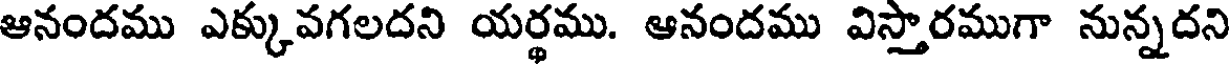
ఆనందము ఎక్కువగలదని యర్థము. ఆనందము విస్తారముగా నున్నదని